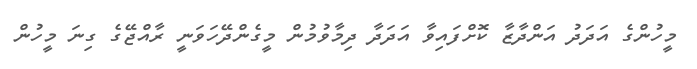
މީހުންގެ އަދަދު އަންދާޒާ ކޮށްފައިވާ އަދަދާ ދިމާވުމުން މީގެންދޭހަވަނީ ރާއްޖޭގެ ގިނަ މީހުން